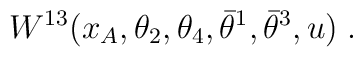
W^{13}(x_A,\theta_{2},\theta_{4}, \bar\theta^1,\bar\theta^3, u)\;.